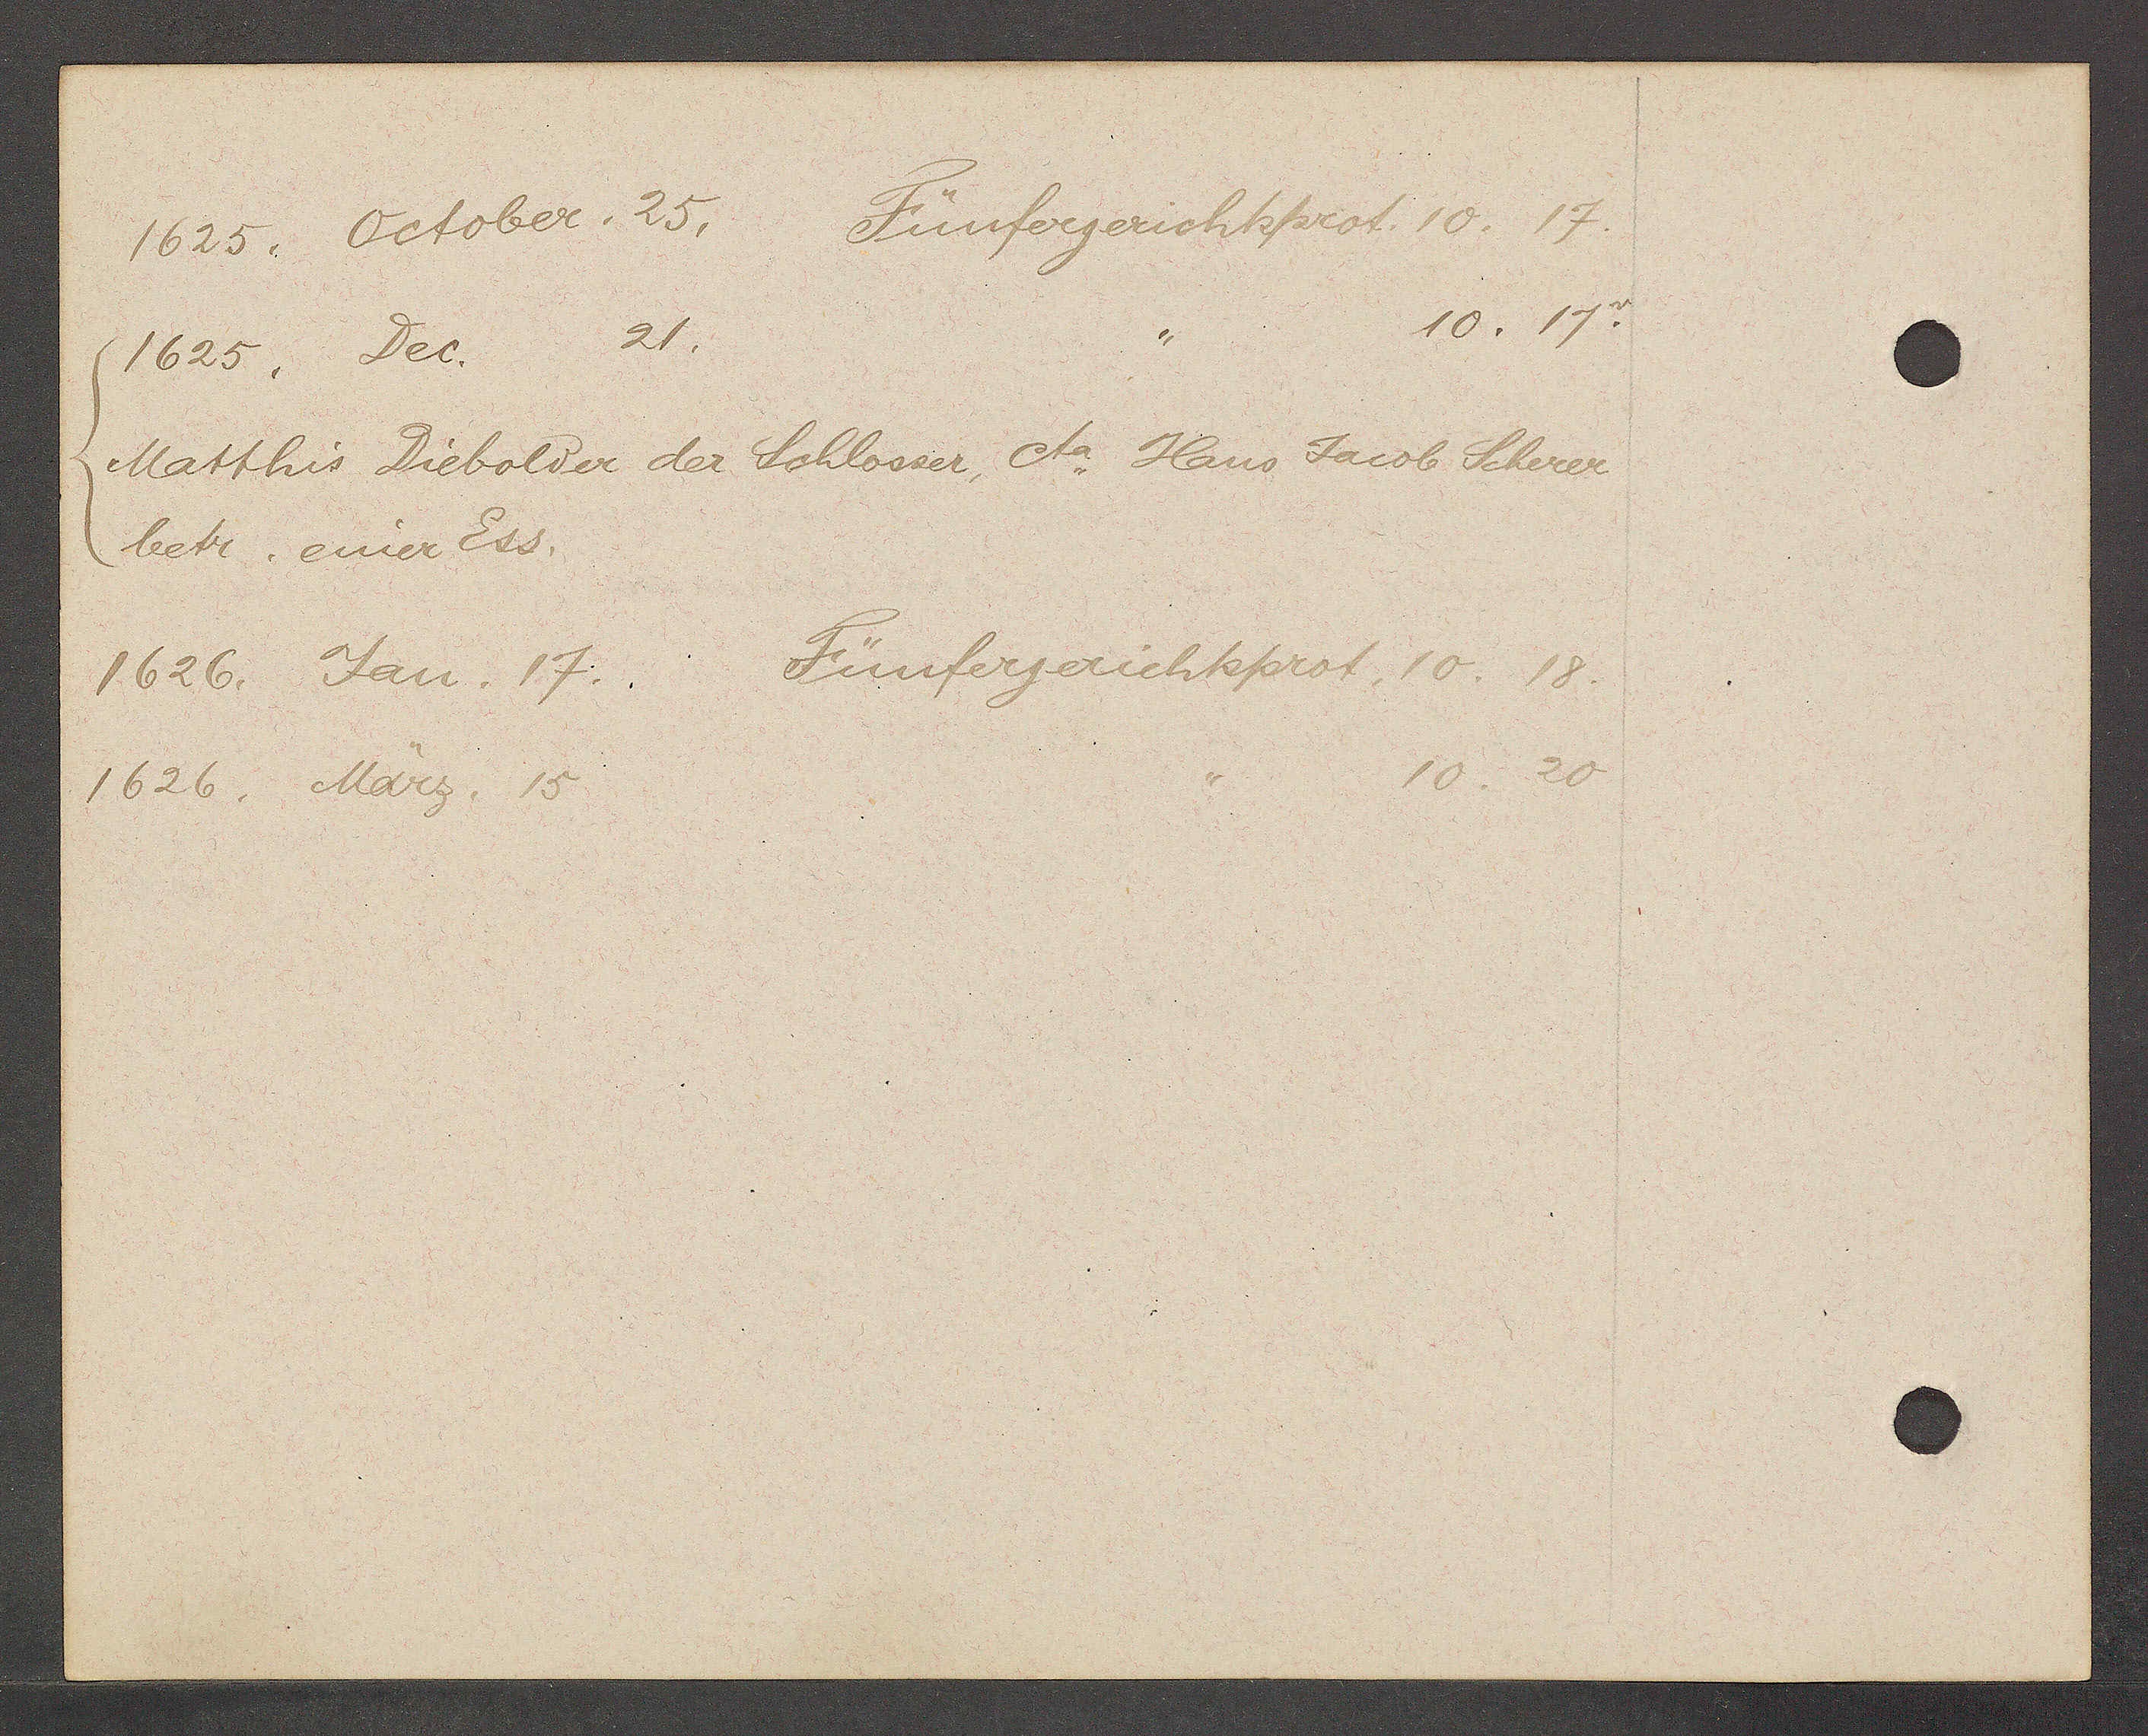
Transcript:
1625. Oktober. 25. Fünfergerichtsproot. 10. 17.
1625. Dec. 21. ,, 10. 17
Matthis Diebolder der Schlosser, ta. Haus Jacob Scherer
betr. einer Ess.
1626. Jan. 17. Fünfergerichtsprot. 10. 18.
1626. März. 15,, 10. 20